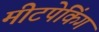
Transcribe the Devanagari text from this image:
मीटपेकिंग